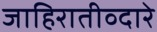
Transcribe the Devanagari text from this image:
जाहिरातीव्दारे